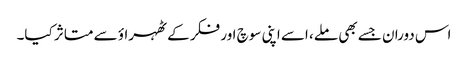
اس دوران جسے بھی ملے، اسے اپنی سوچ اور فکر کے ٹھہراؤ سے متاثر کیا۔